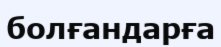
болғандарға